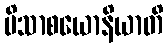
ပိသာစယောနိယာတိ